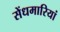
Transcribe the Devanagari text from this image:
सेंधमारियां